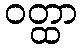
ဝတ္ထာ